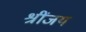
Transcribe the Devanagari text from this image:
श्रींजय